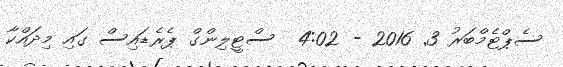
ސެޕްޓެމްބަރު 3